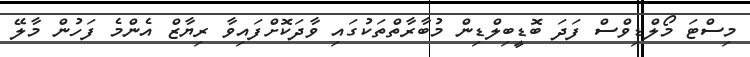
މިސްޓަ މޯލްޑިވްސް ފަދަ ބޮޑީބިލްޑިން މުބާރާތްތަކުގައި ވާދަކޮށްފައިވާ ރިޔާޒް އެންމެ ފަހުން މާލޭ